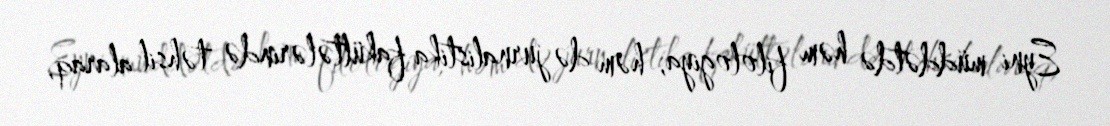
Eyni müddətdə həm filologiya, həm də jurnalistika fakültələrində təhsil alaraq,